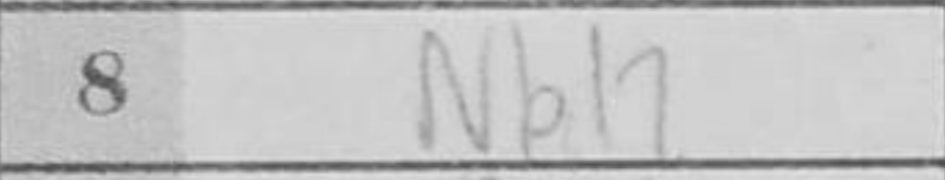
Transcription: Nbd2